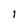
Character: 1